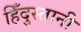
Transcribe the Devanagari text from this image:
हिँदुस्तानी